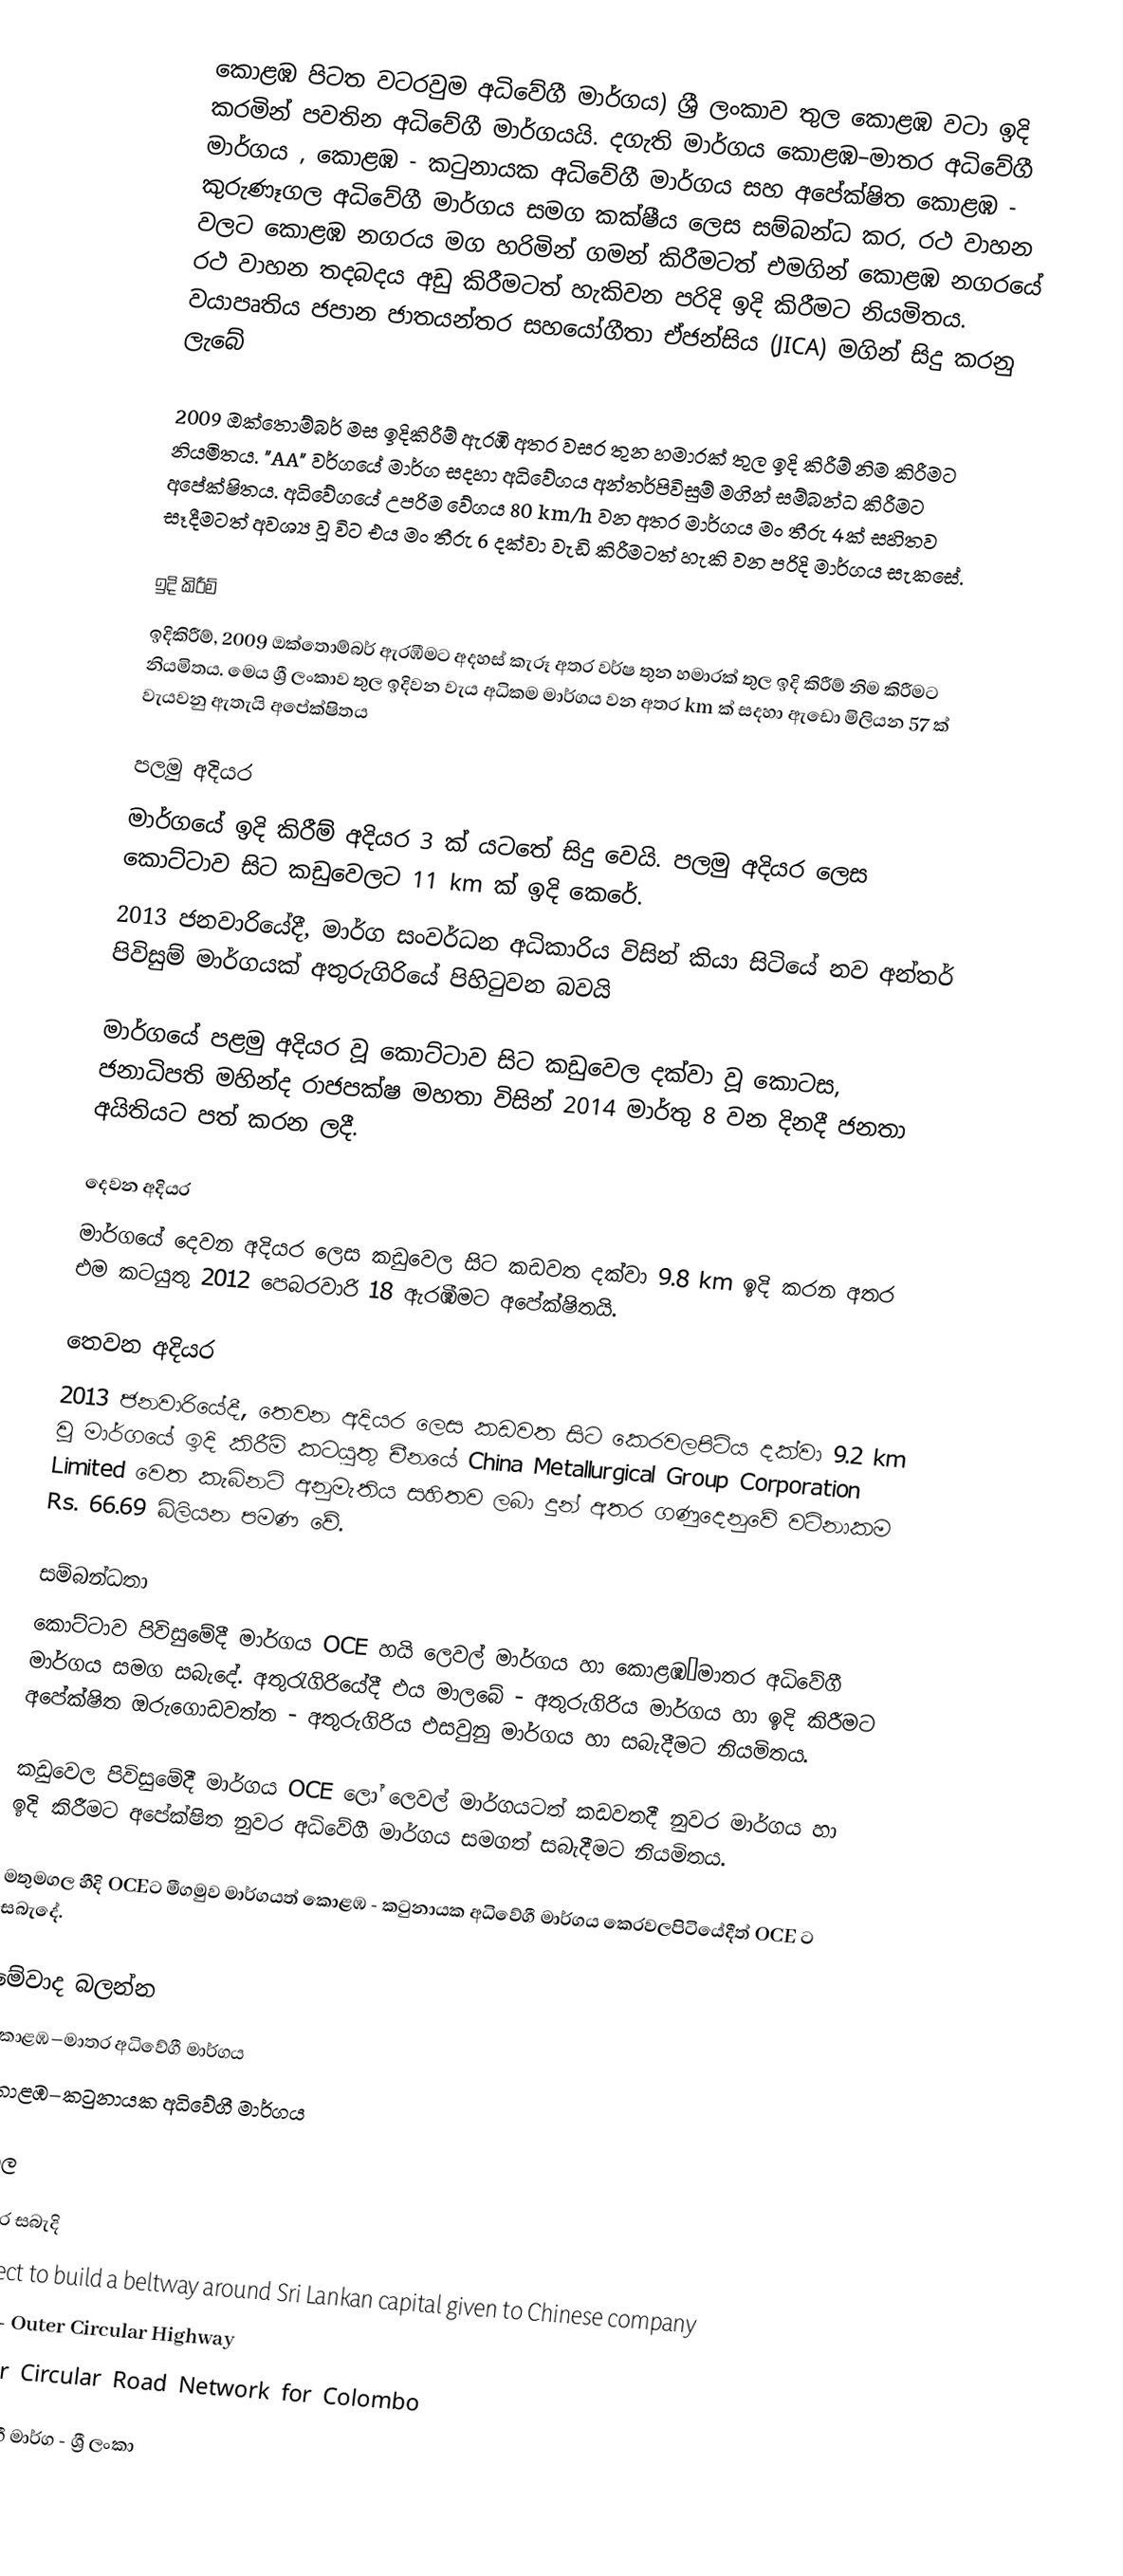
කොළඹ පිටත වටරවුම අධිවේගී මාර්ගය) ශ්‍රී ලංකාව තුල  කොළඹ  වටා ඉදි කරමින් පවතින අධිවේගී මාර්ගයයි.  දගැති මාර්ගය කොළඹ–මාතර අධිවේගී මාර්ගය , කොළඹ - කටුනායක අධිවේගී මාර්ගය සහ  අපේක්ෂිත කොළඹ - කුරුණෑගල අධිවේගී මාර්ගය  සමග කක්ෂීය ලෙස සම්බන්ධ කර, රථ වාහන වලට කොළඹ නගරය මග හරිමින් ගමන් කිරීමටත් එමගින් කොළඹ නගරයේ රථ වාහන තදබදය අඩු කිරීමටත් හැකිවන පරිදි ඉදි කිරීමට නියමිතය. වයාපෘතිය ජපාන ජාතයන්තර සහයෝගීතා ඒජන්සිය (JICA) මගින් සිදු කරනු ලැබේ

2009 ඔක්තොම්බර් මස ඉදිකිරීම් ඇරඹි අතර වසර තුන හමාරක් තුල ඉදි කිරීම් නිම කිරීමට නියමිතය. "AA" වර්ගයේ මාර්ග සදහා අධිවේගය අන්තර්පිවිසුම් මගින් සම්බන්ධ කිරීමට අපේක්ෂිතය. අධිවේගයේ උපරිම වේගය 80 km/h වන අතර  මාර්ගය මං තීරු 4ක් සහිතව සෑදීමටත් අවශ්‍ය වූ විට එය මං තීරු 6 දක්වා වැඩි කිරීමටත් හැකි වන පරිදි මාර්ගය සැකසේ.

ඉදි කිරීම්
ඉදිකිරීම්, 2009 ඔක්තොම්බර් ඇරඹීමට අදහස් කැරූ අතර වර්ෂ තුන හමාරක් තුල ඉදි කිරීම් නිම කිරීමට නියමිතය. මෙය ශ්‍රී ලංකාව තුල ඉදිවන වැය අධිකම මාර්ගය වන අතර  km ක් සදහා ඇඩො මිලියන 57 ක් වැයවනු ඇතැයි අපේක්ෂිතය

පලමු අදියර
මාර්ගයේ ඉදි කිරීම් අදියර 3 ක් යටතේ සිදු වෙයි. පලමු අදියර ලෙස කොට්ටාව සිට කඩුවෙලට 11 km ක් ඉදි කෙරේ.
2013 ජනවාරියේදී, මාර්ග සංවර්ධන අධිකාරිය විසින් කියා සිටියේ නව අන්තර් පිවිසුම් මාර්ගයක් අතුරුගිරියේ පිහිටුවන බවයි

මාර්ගයේ පළමු අදියර වූ කොට්ටාව සිට කඩුවෙල දක්වා වූ කොටස, ජනාධිපති මහින්ද රාජපක්ෂ මහතා විසින් 2014 මාර්තු 8 වන දිනදී ජනතා අයිතියට පත් කරන ලදී.

දෙවන අදියර
මාර්ගයේ දෙවන අදියර ලෙස කඩුවෙල සිට කඩවත දක්වා 9.8 km ඉදි කරන අතර එම කටයුතු 2012 පෙබරවාරි 18 ඇරඹීමට අපේක්ෂිතයි.

තෙවන අදියර
2013 ජනවාරියේදී, තෙවන අදියර ලෙස  කඩවත සිට කෙරවලපිටිය දක්වා 9.2 km වූ මාර්ගයේ ඉදි කිරීම් කටයුතු චීනයේ China Metallurgical Group Corporation Limited වෙත කැබිනට් අනුමැතිය සහිතව ලබා දුන් අතර ගණුදෙනුවේ වටිනාකම Rs. 66.69 බිලියන පමණ වේ.

සම්බන්ධතා
කොට්ටාව පිවිසුමේදී මාර්ගය OCE හයි ලෙවල් මාර්ගය හා කොළඹ–මාතර අධිවේගී මාර්ගය සමග සබැදේ. අතුරැගිරියේදී එය මාලබේ - අතුරුගිරිය මාර්ගය හා ඉදි කිරීමට අපේක්ෂිත ඔරුගොඩවත්ත - අතුරුගිරිය එසවුනු මාර්ගය හා සබැදීමට නියමිතය.

කඩුවෙල පිවිසුමේදී මාර්ගය OCE ලෝ ලෙවල් මාර්ගයටත් කඩවතදී නුවර මාර්ගය හා ඉදි කිරීමට අපේක්ෂිත නුවර අධිවේගී මාර්ගය සමගත් සබැදීමට නියමිතය.

මතුමගල හීදි OCEට මීගමුව මාර්ගයත් කොළඹ - කටුනායක අධිවේගී මාර්ගය කෙරවලපිටියේදීත් OCE ට සබැදේ.

මේවාද බලන්න
 කොළඹ–මාතර අධිවේගී මාර්ගය
 කොළඹ–කටුනායක අධිවේගී මාර්ගය

අදාල

භාහිර සබැදි
Project to build a beltway around Sri Lankan capital given to Chinese company
RDA - Outer Circular Highway
Outer Circular Road Network for Colombo

අධිවේගී මාර්ග - ශ්‍රී ලංකා